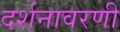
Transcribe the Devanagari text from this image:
दर्शनावरणी